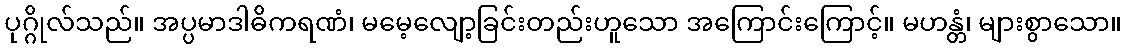
ပုဂ္ဂိုလ်သည်။ အပ္ပမာဒါဓိကရဏံ၊ မမေ့လျော့ခြင်းတည်းဟူသော အကြောင်းကြောင့်။ မဟန္တံ၊ များစွာသော။